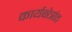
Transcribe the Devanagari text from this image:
कार्यक्षेत्रांत